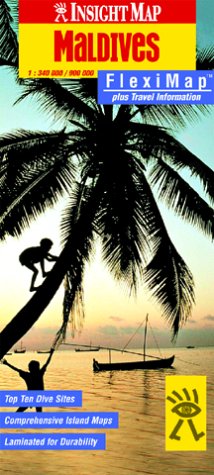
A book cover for Maldives Insight Fleximap (Insight Flexi Maps); *             ; Travel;